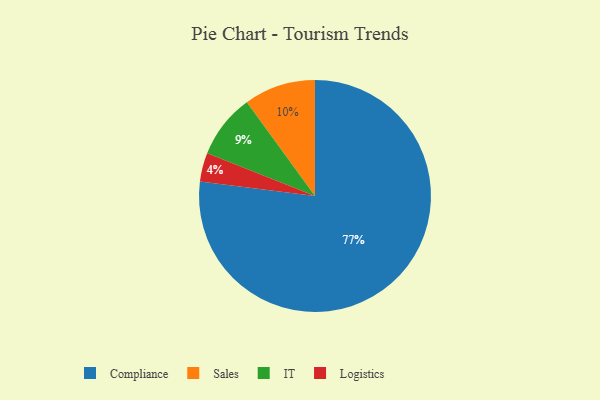
{"axis": {"x": "Category", "y": "Percentage"}, "legend": ["Compliance", "IT", "Logistics", "Sales"], "data": [{"x": "Logistics", "y": 4, "type": "Logistics"}, {"x": "Sales", "y": 10, "type": "Sales"}, {"x": "Compliance", "y": 77, "type": "Compliance"}, {"x": "IT", "y": 9, "type": "IT"}]}